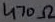
Text: 470Ω